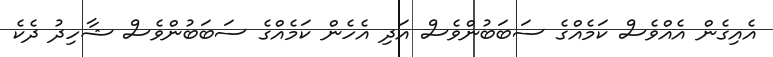
އެއިގެން އެއްވެސް ކަމެއްގެ ސަބަބުންވެސް އަދި އެހެން ކަމެއްގެ ސަބަބުންވެސް ޝާހިދު ދެކެ